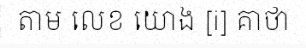
តាម លេខ យោង [i] គាថា